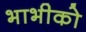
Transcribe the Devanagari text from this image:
भाभीको